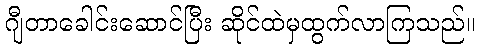
ဂျီတာခေါင်းဆောင်ပြီး ဆိုင်ထဲမှထွက်လာကြသည်။